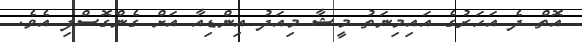
އޮތް ދެ އަހަރުގެ އައިމިނަތު މީޝާ މިއަދު އިންޑިއާ އަށް ގެންގޮސްފި އެވެ.